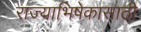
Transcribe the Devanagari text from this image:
राज्याभिषेकासाठी